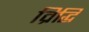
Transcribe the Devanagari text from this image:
व्रिद्धि